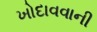
ખોદાવવાની